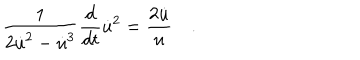
LaTeX: \frac { 1 } { 2 \dot { u } ^ { 2 } - \dot { u } ^ { 3 } } \frac { d } { d t } \dot { u } ^ { 2 } = \frac { 2 \dot { u } } { u } \quad .